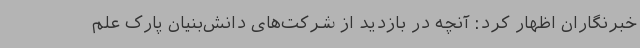
خبرنگاران اظهار کرد: آنچه در بازدید از شرکت‌های دانش‌بنیان پارک علم